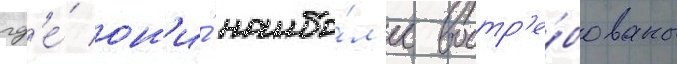
гд'е́ он'и́ наибо́л'ее востр'е́бованы